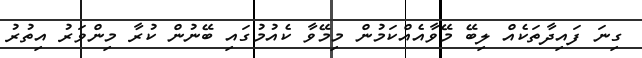
ގިނަ ފައިދާތަކެއް ލިބޭ މޭވާއެއްކަމުން މިމޭވާ ކެއުމުގައި ބޭނުން ކުރާ މިންވަރު އިތުރު